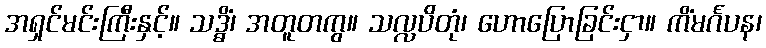
အရှင်မင်းကြီးနှင့်။ သဒ္ဓိံ၊ အတူတကွ။ သလ္လပိတုံ၊ ဟောပြောခြင်းငှာ။ ကိံမင်္ဂပန၊